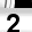
Digit: 2